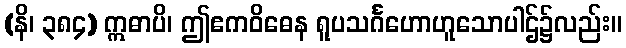
(နိ၊ ၃၈၄) ဣဓာပိ၊ ဤဧကဝိဓေန ရူပသင်္ဂဟောဟူသောပါဌ်၌လည်း။